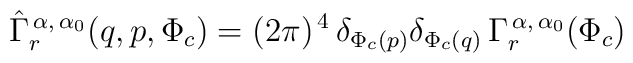
\hat \Gamma_{r}^{\,\alpha,\,\alpha_{0}}(q,p,\Phi_{c})=(2\pi)^{\,4}\,\delta_{\Phi_{c}(p)}\delta_{\Phi_{c}(q)}\,\Gamma_{r}^{\,\alpha,\,\alpha_{0}}(\Phi_{c})